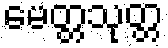
မေတ္တသုတ္တ